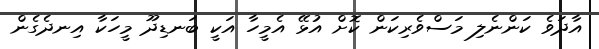
އާދަވެ ކަންނެލި މަސްވެރިކަން ކޮށް އުޅޭ އެމީހާ އަކީ ބަނޑިދޫ މީހަކާ އިނދެގެން